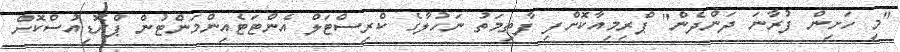
"މި ހަށިން ފުރާނަ ދަންދެން" ޕްރިމިއާކޮށްފި ފާތިމަތު ނަހުލާގެ ކްރިސްޓަލް އެންޓަޓެއިންމަންޓުން ޕްރޮޑިއުސްކޮށް